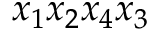
{ x _ { 1 } x _ { 2 } x _ { 4 } x _ { 3 } }